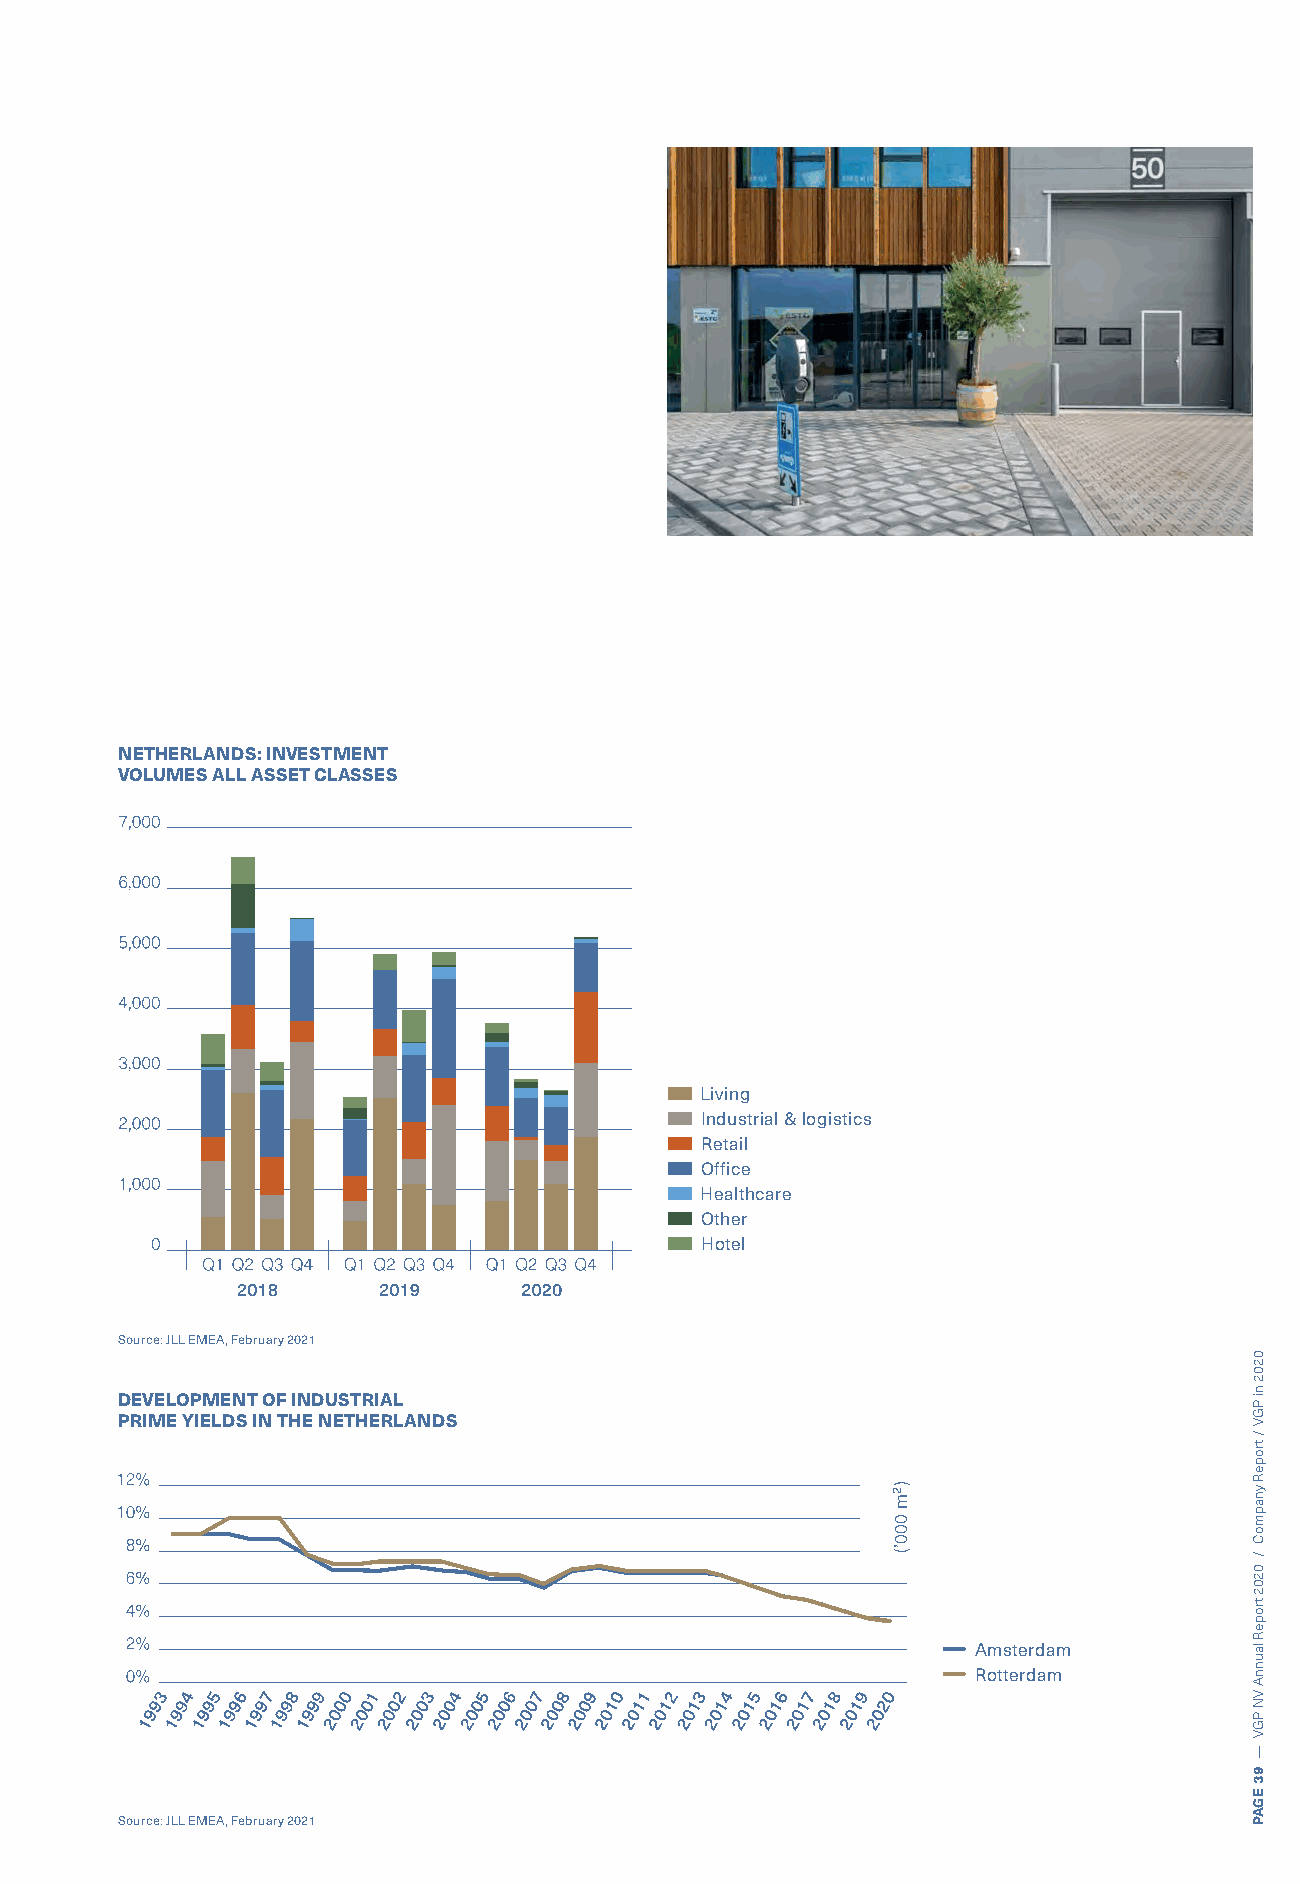
NETHERLANDS: INVESTMENT
 VOLUMES ALL ASSET CLASSES
 Living
 Industrial & logistics
 Retail
 Office
 Healthcare
 Other
 Hotel
 Source: JLL EMEA, February 2021
 DEVELOPMENT OF INDUSTRIAL
 PRIME YIELDS IN THE NETHERLANDS
 Amsterdam
 Rotterdam
 Source: JLL EMEA, February 2021
 )²m
 000’(
 0202
 ni
 PGV
 /
 tropeR
 ynapmoC
 /
 0202
 tropeR
 launnA
 VN
 PGV
 —
 93
 EGAP